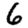
Digit: 6